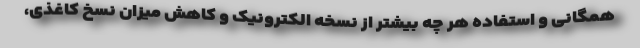
همگانی و استفاده هر چه بیشتر از نسخه الکترونیک و کاهش میزان نسخ کاغذی،